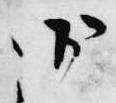
御